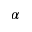
\alpha